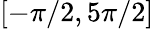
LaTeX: [-\pi/2,5\pi/2]